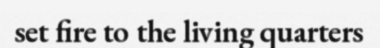
set fire to the living quarters